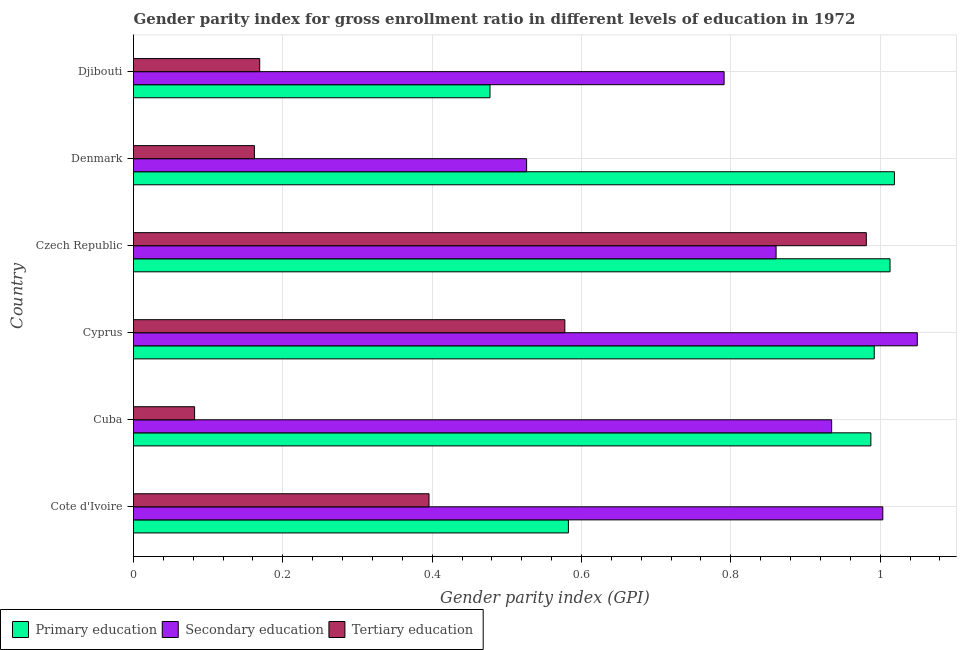
| Country | Primary education | Secondary education | Tertiary education |
 | --- | --- | --- | --- |
 | Cote d'Ivoire | 0.582 | 1 | 0.396 |
 | Cuba | 0.988 | 0.935 | 0.0818 |
 | Cyprus | 0.992 | 1.05 | 0.578 |
 | Czech Republic | 1.01 | 0.861 | 0.981 |
 | Denmark | 1.02 | 0.527 | 0.162 |
 | Djibouti | 0.477 | 0.791 | 0.169 |